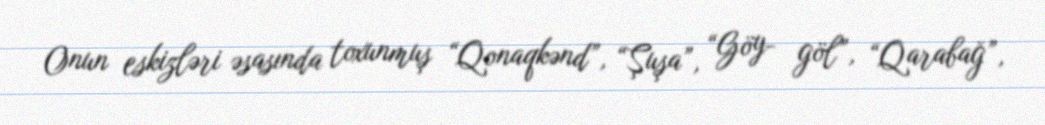
Onun eskizləri əsasında toxunmuş “Qonaqkənd”, “Şuşa”, “Göy- göl”, “Qarabağ”,